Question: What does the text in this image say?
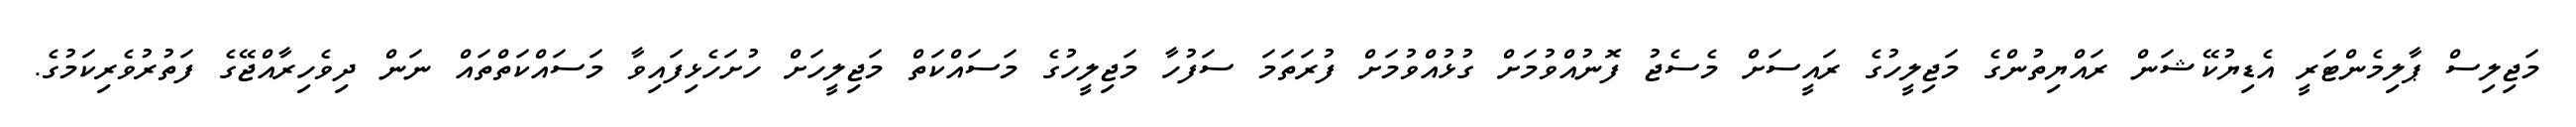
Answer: މަޖިލިސް ޕާލިމެންޓަރީ އެޑިޔުކޭޝަން ރައްޔިތުންގެ މަޖިލީހުގެ ރައީސަށް މެސެޖު ފޮނުއްވުމަށް ގުޅުއްވުމަށް ފުރަތަމަ ސަފުހާ މަޖިލީހުގެ މަސައްކަތް މަޖިލީހަށް ހުށަހެޅިފައިވާ މަސައްކަތްތައް ނަން ދިވެހިރާއްޖޭގެ ފަތުރުވެރިކަމުގެ.